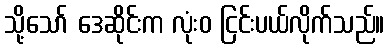
သို့သော် ဒေဆိုင်းက လုံးဝ ငြင်းပယ်လိုက်သည်။